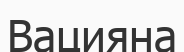
Вацияна